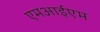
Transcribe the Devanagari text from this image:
एमआईएम